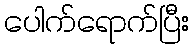
ပေါက်ရောက်ပြီး